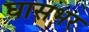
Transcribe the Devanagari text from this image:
घासभर